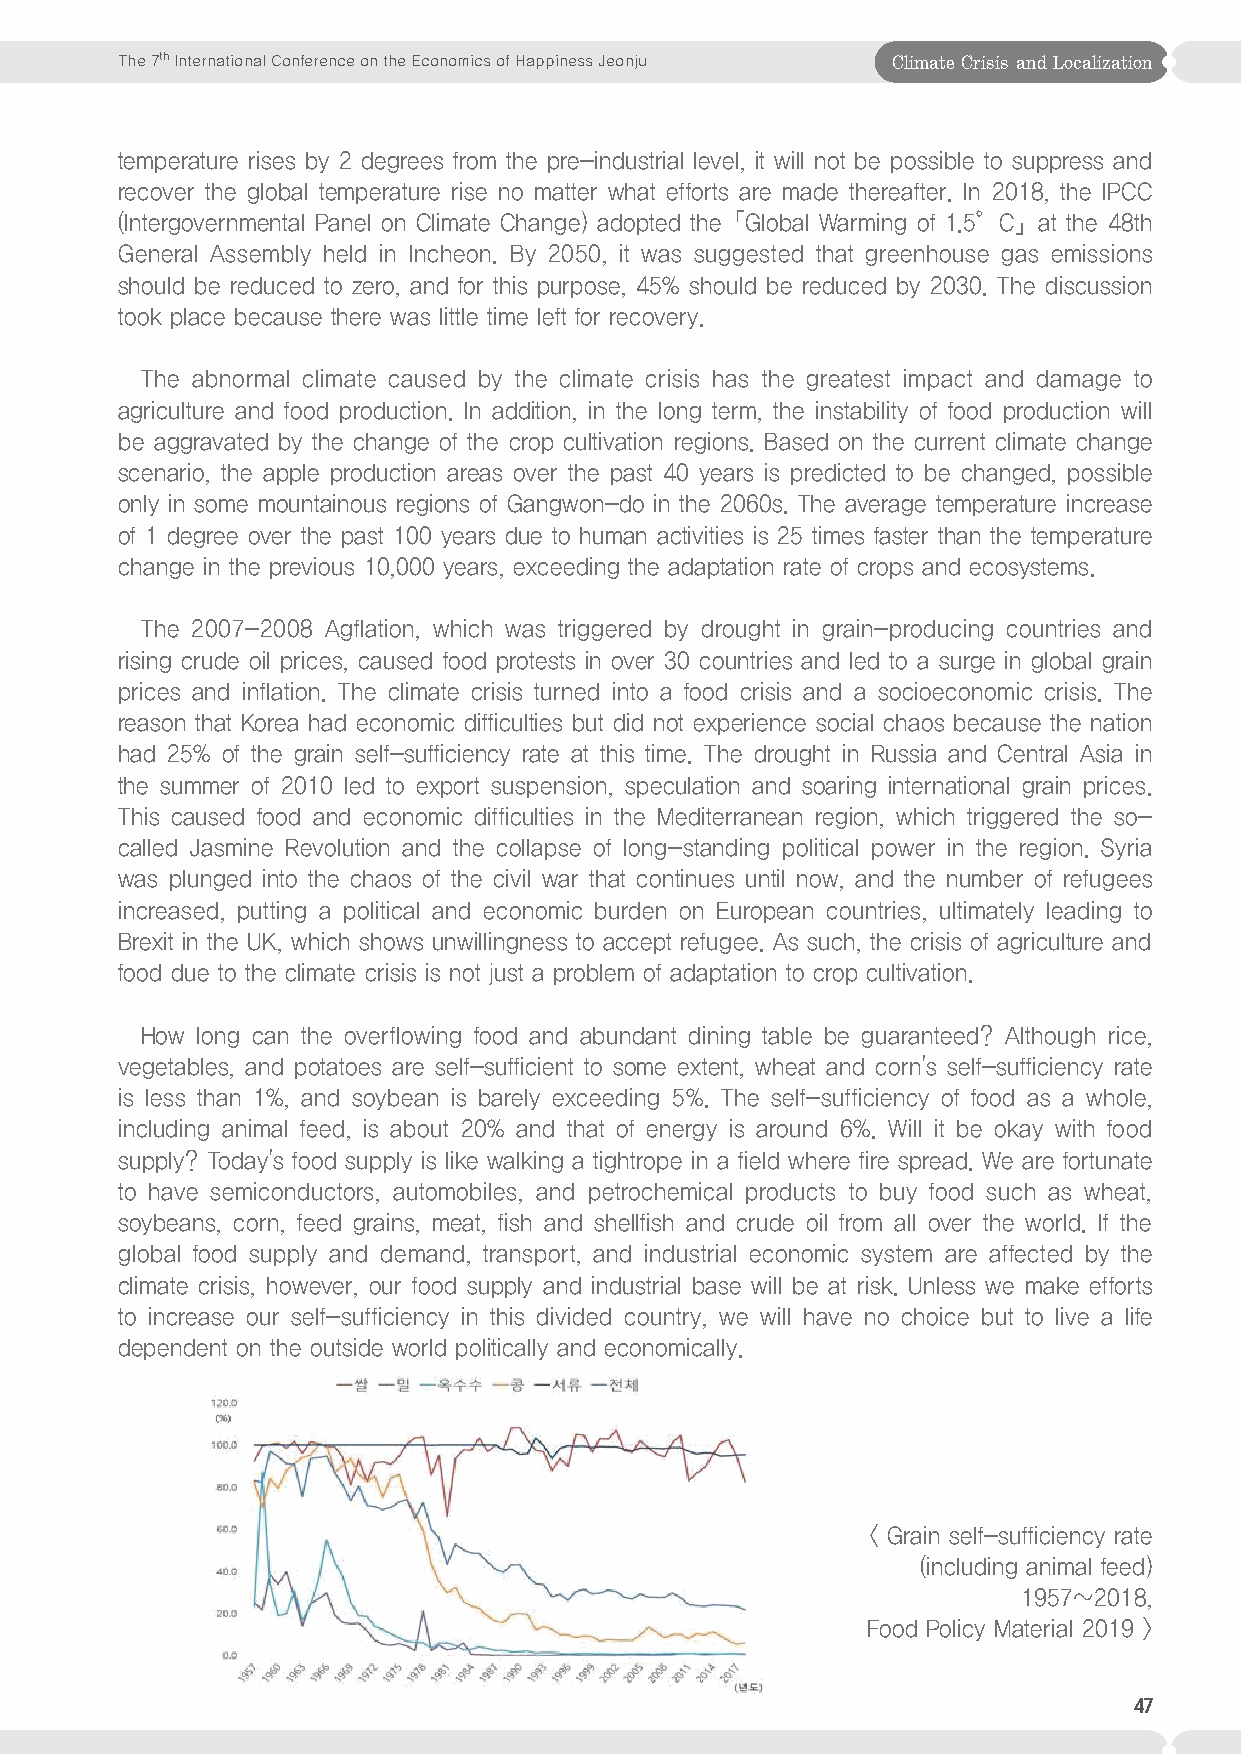
The 7th International Conference on the Economics of Happiness Jeonju Climate Crisis and Localization
 temperature rises by 2 degrees from the pre-industrial level, it will not be possible to suppress and
 recover the global temperature rise no matter what efforts are made thereafter. In 2018, the IPCC
 (Intergovernmental Panel on Climate Change) adopted the「Global Warming of 1.5°C」at the 48th
 General Assembly held in Incheon. By 2050, it was suggested that greenhouse gas emissions
 should be reduced to zero, and for this purpose, 45% should be reduced by 2030. The discussion
 took place because there was little time left for recovery.
 The abnormal climate caused by the climate crisis has the greatest impact and damage to
 agriculture and food production. In addition, in the long term, the instability of food production will
 be aggravated by the change of the crop cultivation regions. Based on the current climate change
 scenario, the apple production areas over the past 40 years is predicted to be changed, possible
 only in some mountainous regions of Gangwon-do in the 2060s. The average temperature increase
 of 1 degree over the past 100 years due to human activities is 25 times faster than the temperature
 change in the previous 10,000 years, exceeding the adaptation rate of crops and ecosystems.
 The 2007-2008 Agflation, which was triggered by drought in grain-producing countries and
 rising crude oil prices, caused food protests in over 30 countries and led to a surge in global grain
 prices and inflation. The climate crisis turned into a food crisis and a socioeconomic crisis. The
 reason that Korea had economic difficulties but did not experience social chaos because the nation
 had 25% of the grain self-sufficiency rate at this time. The drought in Russia and Central Asia in
 the summer of 2010 led to export suspension, speculation and soaring international grain prices.
 This caused food and economic difficulties in the Mediterranean region, which triggered the so-
 called Jasmine Revolution and the collapse of long-standing political power in the region. Syria
 was plunged into the chaos of the civil war that continues until now, and the number of refugees
 increased, putting a political and economic burden on European countries, ultimately leading to
 Brexit in the UK, which shows unwillingness to accept refugee. As such, the crisis of agriculture and
 food due to the climate crisis is not just a problem of adaptation to crop cultivation.
 How long can the overflowing food and abundant dining table be guaranteed? Although rice,
 vegetables, and potatoes are self-sufficient to some extent, wheat and corn's self-sufficiency rate
 is less than 1%, and soybean is barely exceeding 5%. The self-sufficiency of food as a whole,
 including animal feed, is about 20% and that of energy is around 6%. Will it be okay with food
 supply? Today's food supply is like walking a tightrope in a field where fire spread. We are fortunate
 to have semiconductors, automobiles, and petrochemical products to buy food such as wheat,
 soybeans, corn, feed grains, meat, fish and shellfish and crude oil from all over the world. If the
 global food supply and demand, transport, and industrial economic system are affected by the
 climate crisis, however, our food supply and industrial base will be at risk. Unless we make efforts
 to increase our self-sufficiency in this divided country, we will have no choice but to live a life
 dependent on the outside world politically and economically.
 < Grain self-sufficiency rate
 (including animal feed)
 1957~2018,
 Food Policy Material 2019 >
 47